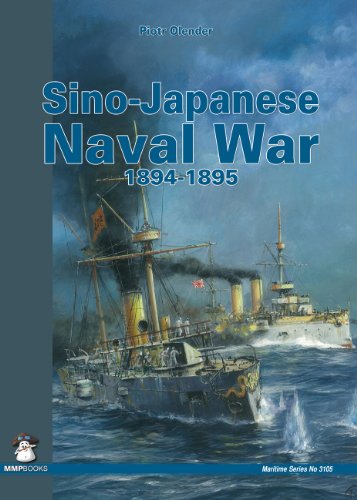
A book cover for Sino-Japanese Naval War 1894-1895 (Maritime (MMP Books)); Piotr Olender; History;